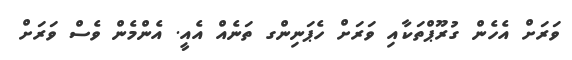
ވަރަށް އެހެން ގުރޫޕްތަކާއި ވަރަށް ހެޕަނިންގ ތަނެއް އެއީ. އެންމެން ވެސް ވަރަށް